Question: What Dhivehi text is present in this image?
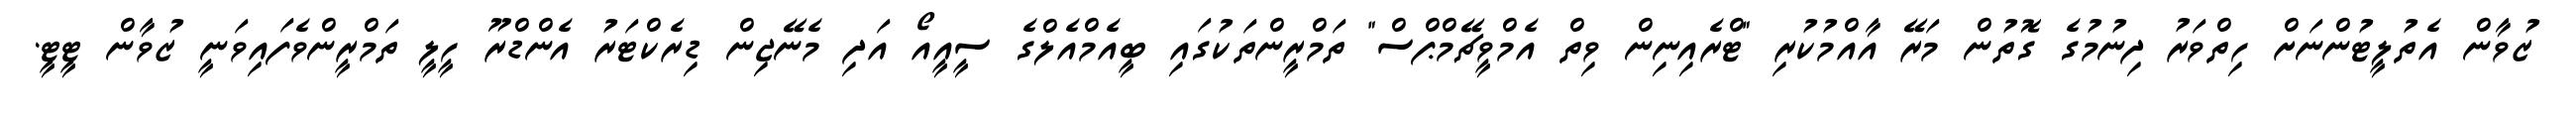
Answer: ޒުވާން އެތުލީޓުންނަށް ހިތްވަރު ދިނުމުގެ ގޮތުން މަރޭ އާއްމުކުރި "ޓްރެއިނިން ވިތް އެމްވީޗޭމްޕްސް" ތަމްރީންތަކުގައި ބީއެމްއެލްގެ ސީއީއޯ އަދި މެނޭޖިން ޑިރެކްޓަރު އެންޑްރޫ ހީލީ ތަމްރީންވެފައިވަނީ ޒުވާން ޓީޓީ.